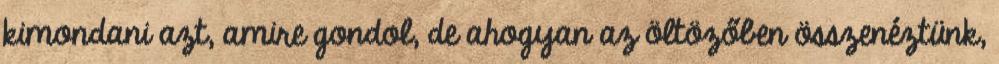
kimondani azt, amire gondol, de ahogyan az öltözőben összenéztünk,